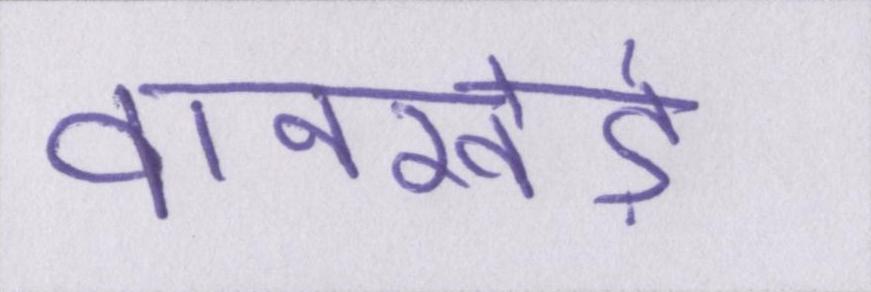
वानखेड़े